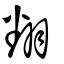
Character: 翻